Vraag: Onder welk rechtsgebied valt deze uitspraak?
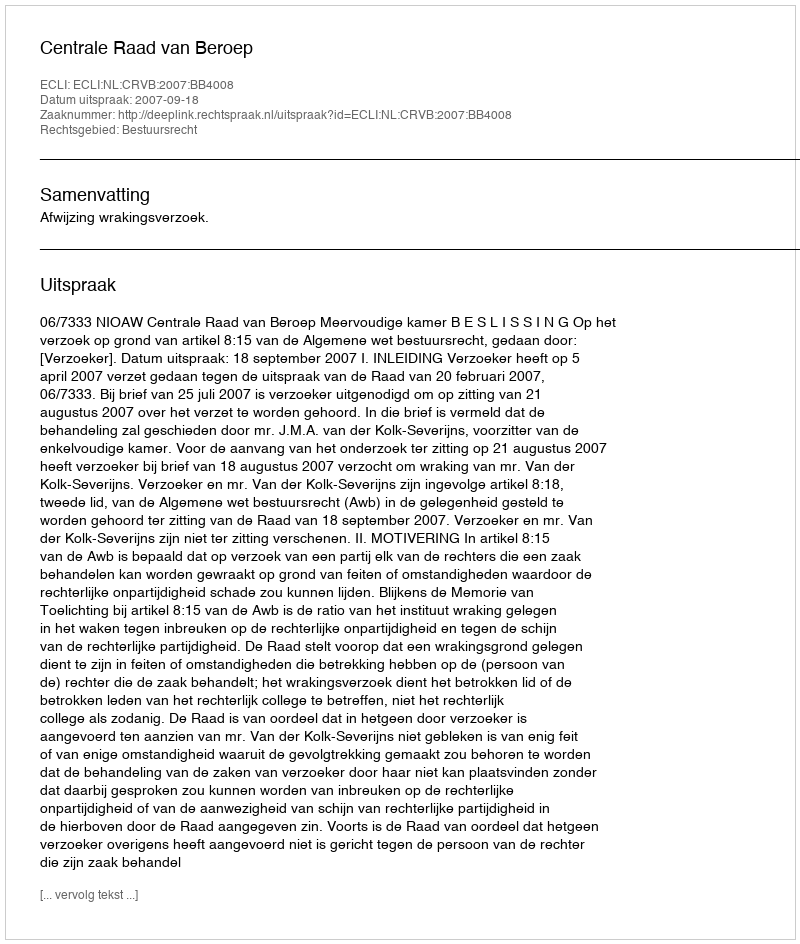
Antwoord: Bestuursrecht